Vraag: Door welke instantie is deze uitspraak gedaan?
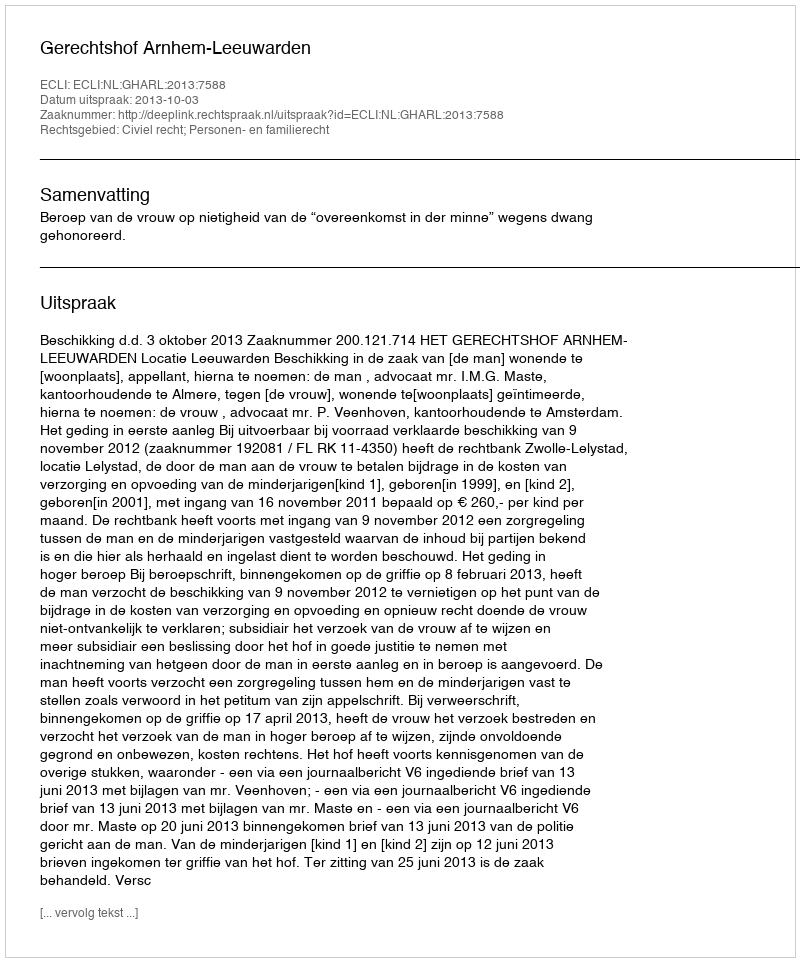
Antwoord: Gerechtshof Arnhem-Leeuwarden